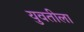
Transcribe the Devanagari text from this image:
युवतीला